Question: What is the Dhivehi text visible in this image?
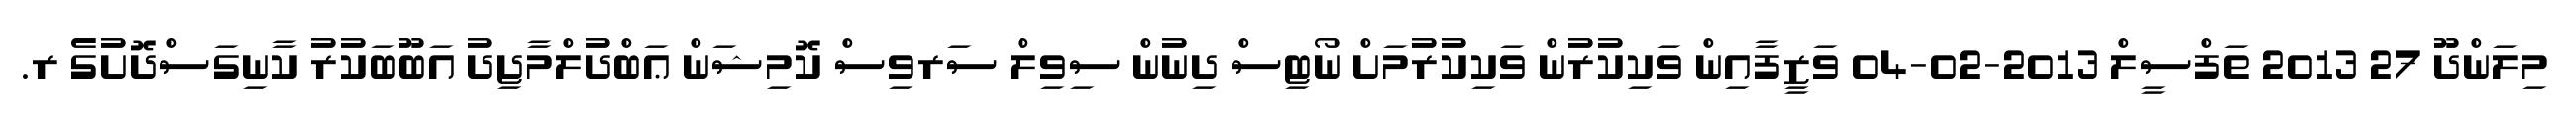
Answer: މިލަންދޫ 27 2013 ތަފްސީލް 2013-02-04 ވަޒީފާއިން ވަކިކުރުން ވަކިކުރުމަށް ނޯޓިސް ދިނުން ސިވިލް ސަރވިސް ކޮމިޝަން ޢަބްދުލްމާޖިދު އަބޫބަކުރު ކާނިގަސްދޮށުގެ ރ.